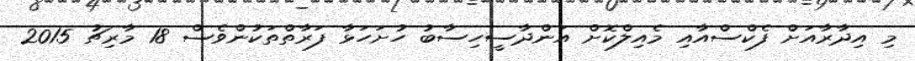
މި އިދާރާއަށް ފެކްސްއާއި މެއިލްކޮށް އަންދާސީހިސާބު ހުށަހަޅާ ފަރާތްތަކުންވެސް 18 މާރިޗު 2015